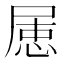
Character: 𡲦